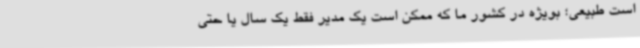
است طبیعی؛ بویژه در کشور ما که ممکن است یک مدیر فقط یک سال یا حتی